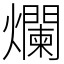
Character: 爛